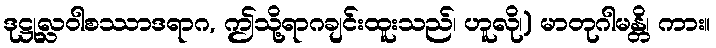
ဒုဋ္ဌုလ္လဝါစဿာဒရာဂ, ဤသို့ရာဂချင်းထူးသည်၊ ဟူလို၊) မာတုဂါမန္တိ၊ ကား။